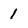
Character: 1